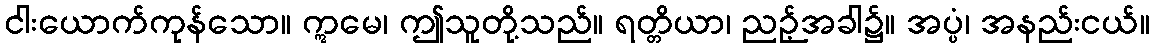
ငါးယောက်ကုန်သော။ ဣမေ၊ ဤသူတို့သည်။ ရတ္တိယာ၊ ညဉ့်အခါ၌။ အပ္ပံ၊ အနည်းငယ်။